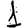
Digit: 1